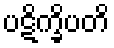
ပဋိက္ခိပတိ